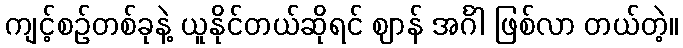
ကျင့်စဉ်တစ်ခုနဲ့ ယူနိုင်တယ်ဆိုရင် ဈာန် အင်္ဂါ ဖြစ်လာ တယ်တဲ့။